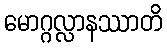
မောဂ္ဂလ္လာနဿာတိ